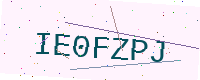
Text: IE0FZPJ